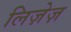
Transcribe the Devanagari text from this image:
लिज़ेज़